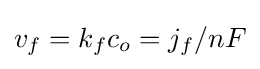
v_{f}=k_{f}c_{o}=j_{f}/nF